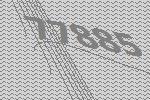
77885